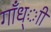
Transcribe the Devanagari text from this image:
गाँध्ाी